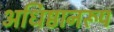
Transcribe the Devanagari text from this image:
अधिष्ठानरूप